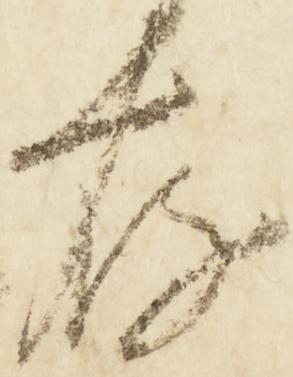
存